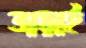
ভাড়াই